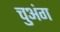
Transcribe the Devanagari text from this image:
चुअंग